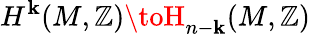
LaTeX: H^{\mathbf{k}}(M,\mathbb{{Z}})\toH_{n-\mathbf{k}}(M,\mathbb{{Z}})